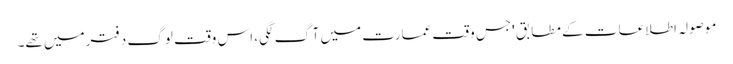
موصولہ اطلاعات کے مطابق 'جس وقت عمارت میں آگ لگی، اس وقت لوگ دفترمیں تھے۔